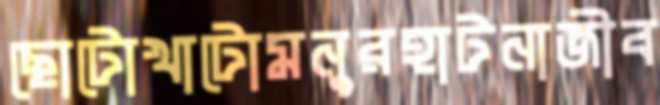
ছোটোখাটোমনুরহাটনাজীব